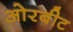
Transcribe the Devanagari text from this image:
ओरबीट